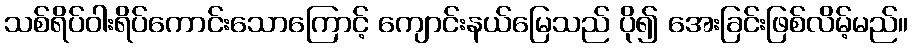
သစ်ရိပ်ဝါးရိပ်ကောင်းသောကြောင့် ကျောင်းနယ်မြေသည် ပို၍ အေးခြင်းဖြစ်လိမ့်မည်။